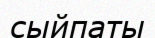
сыйпаты